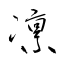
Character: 凛